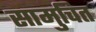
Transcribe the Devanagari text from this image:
सामुचित